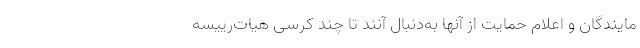
مایندگان و اعلام حمایت از آنها به‌دنبال آنند تا چند كرسی هیات‌رییسه